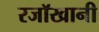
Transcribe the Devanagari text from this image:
रजॉखानी